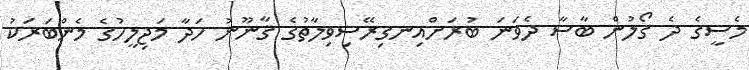
މެސީގެ ދެ ގޯލުން ބާސާ ދެވަނަ ބުރަށްއިނގިރޭސިވިލާތުގެ ޤާނޫނު ހަދާ މަޖިލީހުގެ މެންބަރަކު